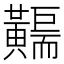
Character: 𪏣